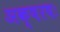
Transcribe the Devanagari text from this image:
अक्षरषः